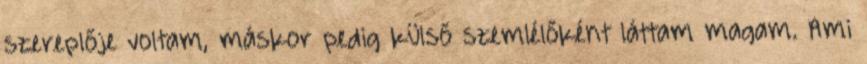
szereplője voltam, máskor pedig külső szemlélőként láttam magam. Ami